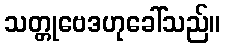
သတ္တုဗေဒဟုခေါ်သည်။